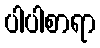
ပါပါစာရာ